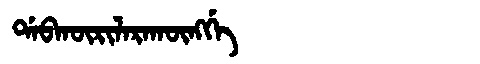
Manchu: ᡩᠠᠪᡴᡡᡵᡳᠯᠠᡵᠠᡴᡡᠩᡤᡝ
Romanization: DABKŪRILARAKŪNGGE